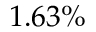
1 . 6 3 \%